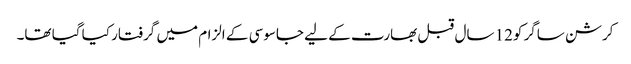
کرشن ساگر کو12 سال قبل بھارت کے لیے جاسوسی کے الزام میں گرفتار کیا گیا تھا۔